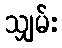
သျှမ်း